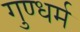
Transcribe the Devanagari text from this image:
गुण्धर्म